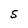
Character: 5